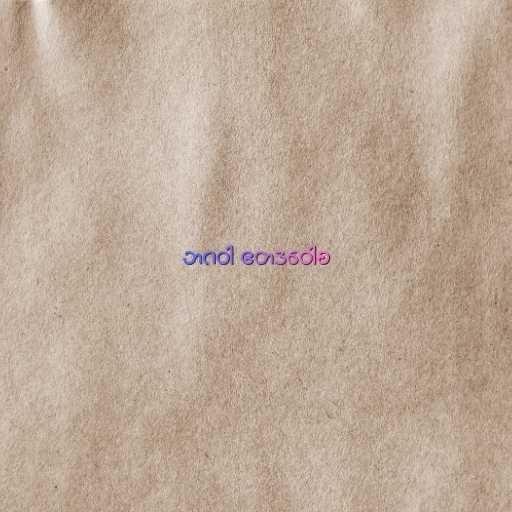
ဘဂဝါ ဧတဒဝေါစ